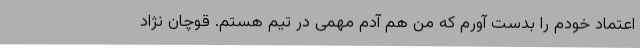
اعتماد خودم را بدست آورم که من هم آدم مهمی در تیم هستم. قوچان نژاد